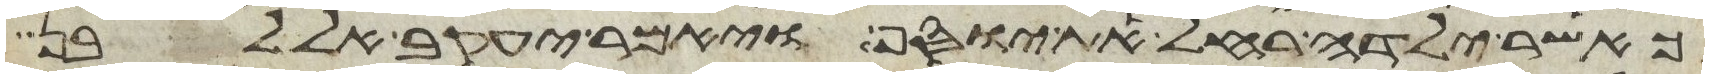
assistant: כאשר ילדה רחל את יוסף ויאמר יעקב אל לבן